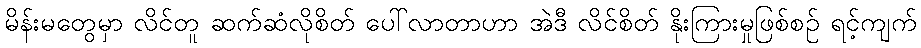
မိန်းမတွေမှာ လိင်တူ ဆက်ဆံလိုစိတ် ပေါ်လာတာဟာ အဲဒီ လိင်စိတ် နိုးကြားမှုဖြစ်စဉ် ရင့်ကျက်